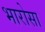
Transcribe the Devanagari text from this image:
भारोसा